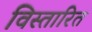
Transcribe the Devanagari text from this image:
विस्तारित